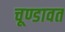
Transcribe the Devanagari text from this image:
चूण्डावत